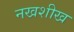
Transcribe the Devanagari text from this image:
नखशीख